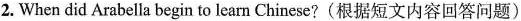
2. When did Arabella begin to learn Chinese?(根据短文内容回答问题)